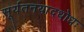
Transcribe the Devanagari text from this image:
सूर्यतनयादधोधः